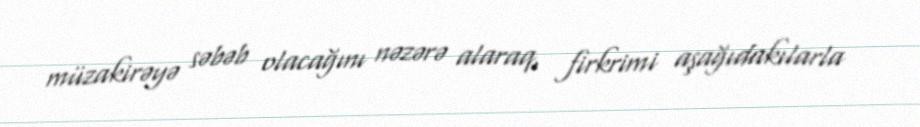
müzakirəyə səbəb olacağını nəzərə alaraq, firkrimi aşağıdakılarla